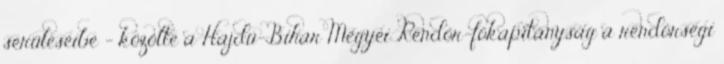
sérüléseibe – közölte a Hajdú-Bihar Megyei Rendőr-főkapitányság a rendőrségi